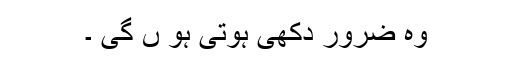
وہ ضرور دکھی ہوتی ہو ں گی ۔